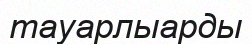
тауарлыарды